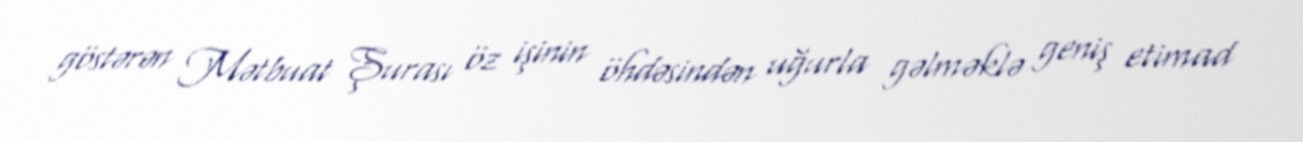
göstərən Mətbuat Şurası öz işinin öhdəsindən uğurla gəlməklə geniş etimad